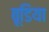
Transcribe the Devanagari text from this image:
बूडिया